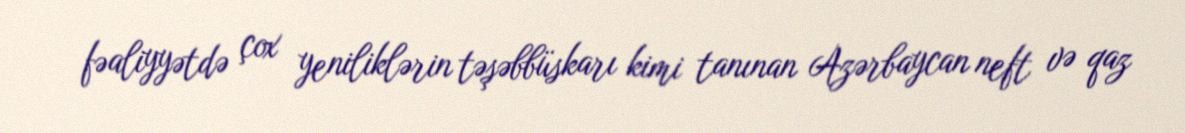
fəaliyyətdə çox yeniliklərin təşəbbüskarı kimi tanınan Azərbaycan neft və qaz